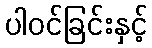
ပါဝင်ခြင်းနှင့်